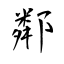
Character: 鄰